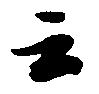
云